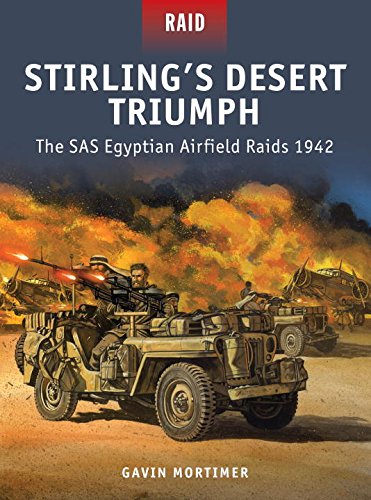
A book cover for Stirling's Desert Triumph - The SAS Egyptian Airfield Raids 1942; Gavin Mortimer; History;